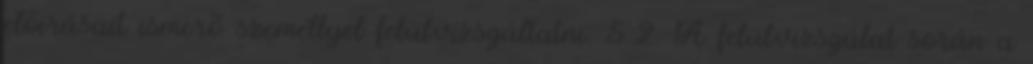
elõírásait ismerõ személlyel felülvizsgáltatni. 5.2. A felülvizsgálat során a